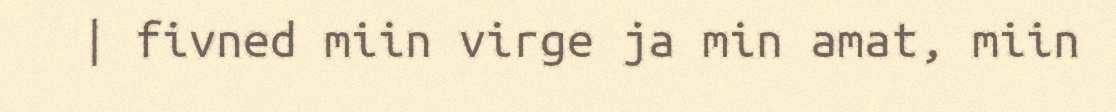
| fivned miin virge ja min amat, miin